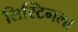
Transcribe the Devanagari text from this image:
सिस्टिमला